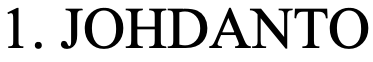
1. JOHDANTO